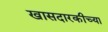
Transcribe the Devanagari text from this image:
खासदारकीच्या